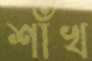
শাঁখ